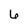
Character: 6